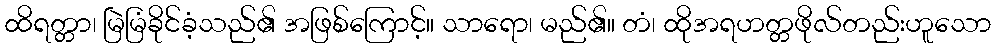
ထိရတ္တာ၊ မြဲမြံခိုင်ခံ့သည်၏ အဖြစ်ကြောင့်။ သာရော၊ မည်၏။ တံ၊ ထိုအရဟတ္တဖိုလ်တည်းဟူသော